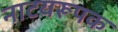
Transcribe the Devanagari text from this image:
नाटयरूपक